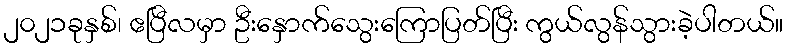
၂၀၂၁ခုနှစ်၊ ဧပြီလမှာ ဦးနှောက်သွေးကြောပြတ်ပြီး ကွယ်လွန်သွားခဲ့ပါတယ်။